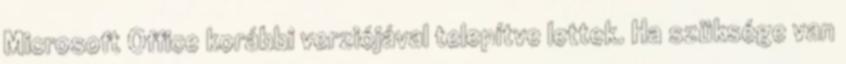
Microsoft Office korábbi verziójával telepítve lettek. Ha szüksége van